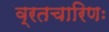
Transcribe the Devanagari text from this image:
व्रतचारिणः